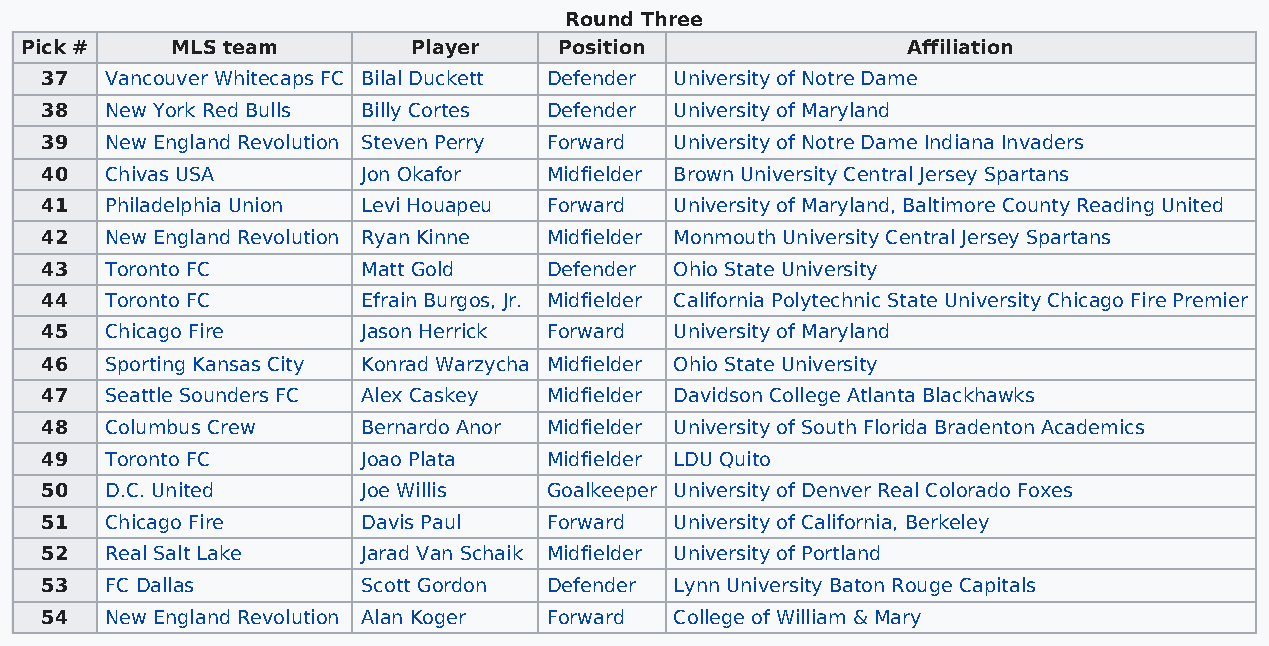
Round Three
 Pick #    MLS team        Player    Position               Affiliation
 37  Vancouver Whitecaps FC Bilal Duckett Defender University of Notre Dame
 38  New York Red Bulls Billy Cortes Defender University of Maryland
 39  New England Revolution Steven Perry Forward University of Notre Dame Indiana Invaders
 40  Chivas USA       Jon Okafor  Midfielder Brown University Central Jersey Spartans
 41  Philadelphia Union Levi Houapeu Forward University of Maryland, Baltimore County Reading United
 42  New England Revolution Ryan Kinne Midfielder Monmouth University Central Jersey Spartans
 43  Toronto FC       Matt Gold   Defender Ohio State University
 44  Toronto FC       Efrain Burgos, Jr. Midfielder California Polytechnic State University Chicago Fire Premier
 45  Chicago Fire     Jason Herrick Forward University of Maryland
 46  Sporting Kansas City Konrad Warzycha Midfielder Ohio State University
 47  Seattle Sounders FC Alex Caskey Midfielder Davidson College Atlanta Blackhawks
 48  Columbus Crew    Bernardo Anor Midfielder University of South Florida Bradenton Academics
 49  Toronto FC       Joao Plata  Midfielder LDU Quito
 50  D.C. United      Joe Willis  Goalkeeper University of Denver Real Colorado Foxes
 51  Chicago Fire     Davis Paul  Forward  University of California, Berkeley
 52  Real Salt Lake   Jarad Van Schaik Midfielder University of Portland
 53  FC Dallas        Scott Gordon Defender Lynn University Baton Rouge Capitals
 54  New England Revolution Alan Koger Forward College of William & Mary